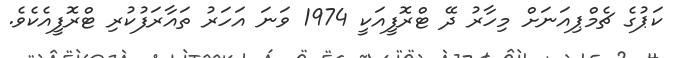
ކަޕުގެ ޗެމްޕިއަނަށް މިހާރު ދޭ ޓްރޮފީއަކީ 1974 ވަނަ އަހަރު ތައާރަފުކުރި ޓްރޮފީއެކެވެ.